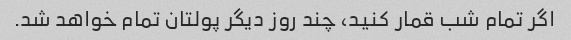
اگر تمام شب قمار کنید، چند روز دیگر پولتان تمام خواهد شد.